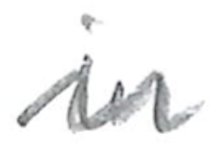
Text: in
Cross-out: mix
Writing tool: pencil